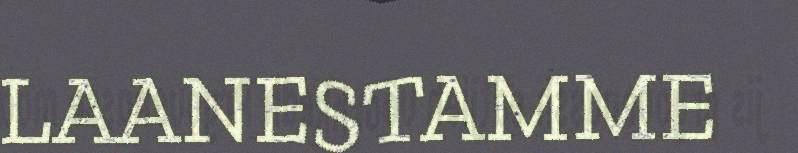
LAANESTAMME